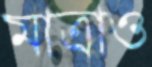
মাত্রাও